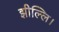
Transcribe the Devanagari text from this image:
झील्‍लि।